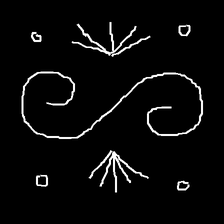
Glyph: aeroform